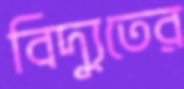
বিদ্যুতের